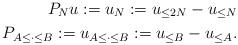
LaTeX: \begin{align*}P_{N} u := u_{N} := u_{\leq 2N} - u_{\leq N} \\P_{A \leq \cdot \leq B} := u_{A \leq \cdot \leq B} := u_{\leq B} - u_{\leq A}. \end{align*}